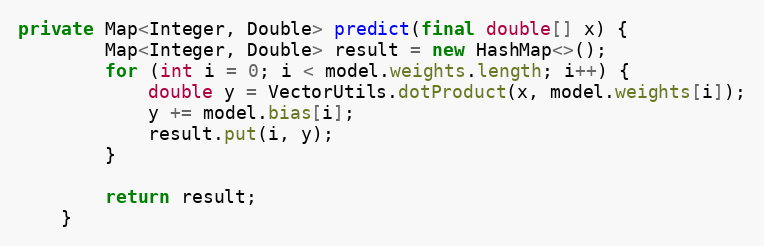
Language: Java
private Map<Integer, Double> predict(final double[] x) {
        Map<Integer, Double> result = new HashMap<>();
        for (int i = 0; i < model.weights.length; i++) {
            double y = VectorUtils.dotProduct(x, model.weights[i]);
            y += model.bias[i];
            result.put(i, y);
        }

        return result;
    }